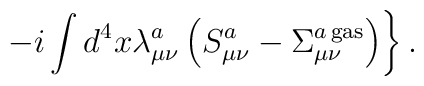
\left.-i\int d^4x\lambda_{\mu\nu}^a\left(S_{\mu\nu}^a-\Sigma_{\mu\nu}^{a{\,}{\rm gas}}\right)\right\}.